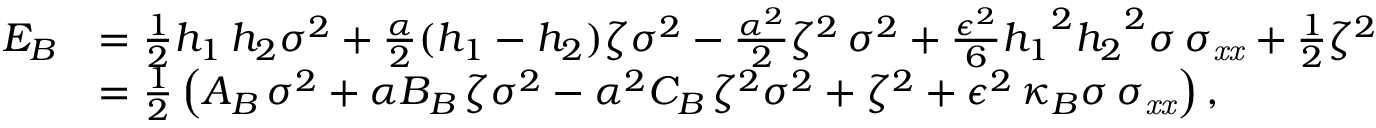
\begin{array} { r l } { { E } _ { B } } & { = \frac 1 2 { h _ { 1 } \, h _ { 2 } } { \sigma } ^ { 2 } + \frac { \alpha } { 2 } ( h _ { 1 } - h _ { 2 } ) \zeta { \sigma } ^ { 2 } - \frac { \alpha ^ { 2 } } 2 { \zeta } ^ { 2 } \, { \sigma } ^ { 2 } + \frac { \epsilon ^ { 2 } } 6 { h _ { 1 } } ^ { 2 } { h _ { { 2 } } } ^ { 2 } \sigma \, \sigma _ { { { \it x x } } } + \frac 1 2 { \zeta } ^ { 2 } \, } \\ & { = \frac 1 2 \left( A _ { B } \, { \sigma } ^ { 2 } + \alpha B _ { B } \, \zeta { \sigma } ^ { 2 } - \alpha ^ { 2 } C _ { B } \, { \zeta } ^ { 2 } { \sigma } ^ { 2 } + { \zeta } ^ { 2 } + \epsilon ^ { 2 } \, \kappa _ { B } \sigma \, \sigma _ { { { \it x x } } } \right) , } \end{array}